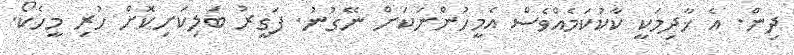
ދިން. އެ ޚާދިމަކީ ކާކުކަމެއްވެސް އެމީހުންނަކަށް ނޭގުނު. ފަގީރު ބަލިކަށިކޮށް ހުރި މީހެކޯ.